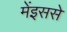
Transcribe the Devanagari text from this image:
मेंइससे